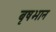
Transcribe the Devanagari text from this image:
बृषभान